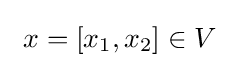
~x=[x_{1},x_{2}]\in V